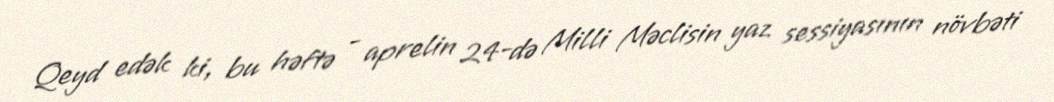
Qeyd edək ki, bu həftə - aprelin 24-də Milli Məclisin yaz sessiyasının növbəti